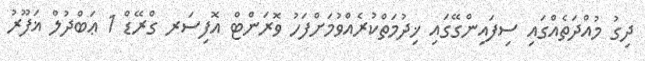
ދިގު މުއްދަތެއްގައި ސިފައިންގޭގައި ޚިދުމަތްކުރެއްވުމަށްފަހު ވޮރަންޓް އޮފިސަރ ގްރޭޑް 1 ޢަބްދުލް ޣަފޫރު